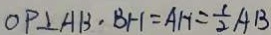
O P \bot A B , B H = A H = \frac { 1 } { 2 } A B